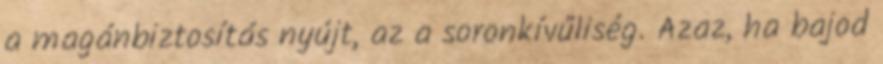
a magánbiztosítás nyújt, az a soronkívűliség. Azaz, ha bajod